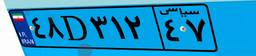
۴۴D۶۸۲۷۶